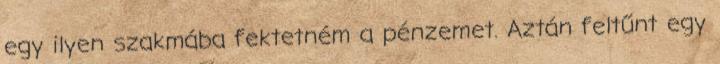
egy ilyen szakmába fektetném a pénzemet. Aztán feltűnt egy